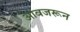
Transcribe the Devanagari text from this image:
आवजरून